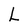
Character: L